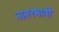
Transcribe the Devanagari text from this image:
नागरभावी